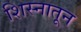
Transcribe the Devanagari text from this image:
शिस्नातून